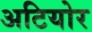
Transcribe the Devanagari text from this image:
अटियोर